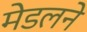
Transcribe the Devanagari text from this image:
मेडलने